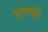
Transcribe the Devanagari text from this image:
एन्नाट्टो